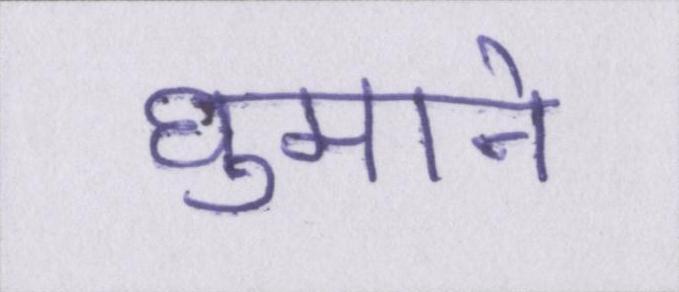
घुमाने